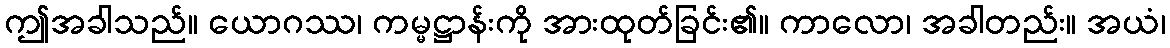
ဤအခါသည်။ ယောဂဿ၊ ကမ္မဋ္ဌာန်းကို အားထုတ်ခြင်း၏။ ကာလော၊ အခါတည်း။ အယံ၊